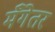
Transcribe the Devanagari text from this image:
मँगेतर